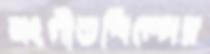
সংগীতশিল্পের